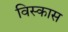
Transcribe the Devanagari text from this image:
विस्कास